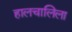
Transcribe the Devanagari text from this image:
हालचालिला